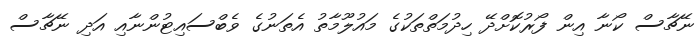
ނޭޗާސް ކޯނާ އިން ފޯރުކޮށްދޭ ހިދުމަތްތަކުގެ މައުލޫމާތު އެތަނުގެ ވެބްސައިޓުންނާއި އަދި ނޭޗާސް